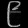
Digit: ၉